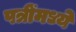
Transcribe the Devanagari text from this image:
पत्रींमध्ये